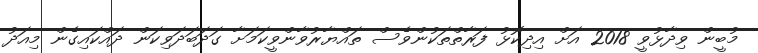
މުބީން ވިދާޅުވީ 2018 އަށް އިދިކޮޅު ފަރާތްތަކުންވެސް ތައްޔާރުވާންވީކަމަށާ ގަދަބަދަވިކަން ދައްކައިގެން މިއަދު